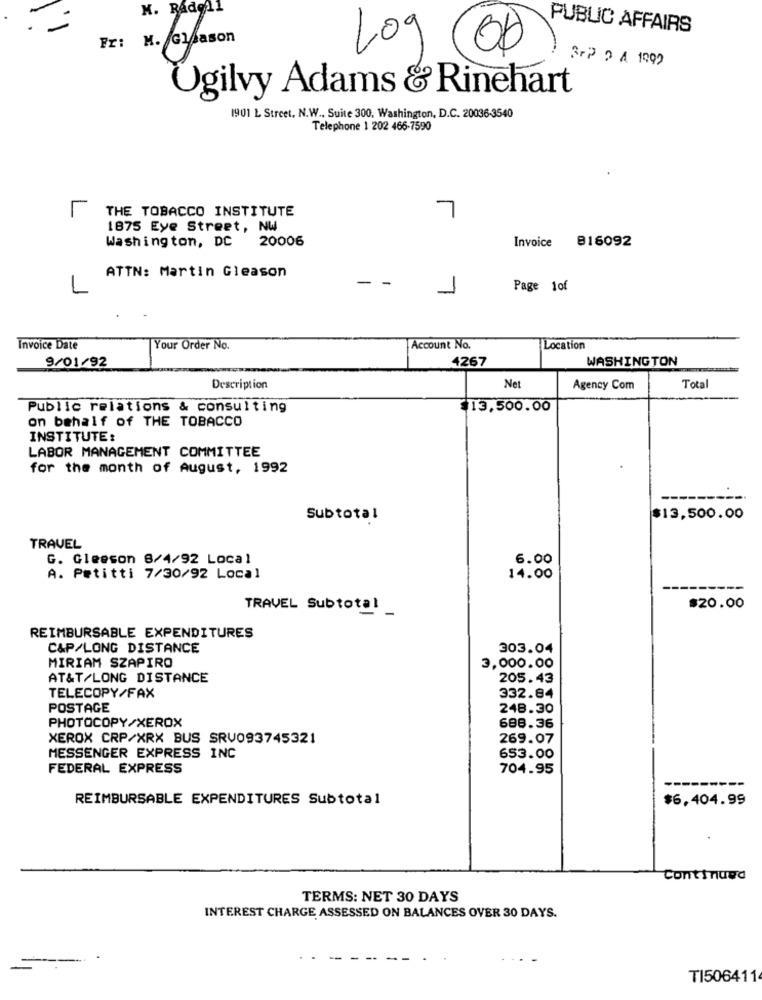
M. RAdell
. -
PUBLIC AFFAIRS
Log
BPP 2 A 1992
Ogilvy Adams & Rinehart
1901 L Street, N.W ., Suite 300, Washington, D.C. 20036-3540
Telephone 1 202 466-7590
THE TOBACCO INSTITUTE
L
7
1875 Eye Street, NW
Washington, DC 20006
Invoice 816092
ATTN: Martin Gleason
-
1
Page 1of
Invoice Date
Your Order No.
Account No.
Location
9/01/92
4267
WASHINGTON
Description
Net
Agency Com
Total
Public relations & consulting
$13,500.00
on behalf of THE TOBACCO
INSTITUTE:
LABOR MANAGEMENT COMMITTEE
for the month of August, 1992
Subtotal
$13,500.00
TRAVEL
G. Gleeson 8/4/92 Local
6.00
A. Petitti 7/30/92 Local
14.00
TRAVEL Subtotal
$20.00
REIMBURSABLE EXPENDITURES
C&P/LONG DISTANCE
303.04
MIRIAM SZAPIRO
3,000.00
AT&T/LONG DISTANCE
205.43
TELECOPY/FAX
332.84
POSTAGE
248.30
PHOTOCOPY/XEROX
688.36
XEROX CRP/XRX BUS SRV093745321
269.07
MESSENGER EXPRESS INC
653.00
FEDERAL EXPRESS
704.95
REIMBURSABLE EXPENDITURES Subtotal
$6,404.99
Continued
TERMS: NET 30 DAYS
INTEREST CHARGE ASSESSED ON BALANCES OVER 30 DAYS.
TI506411